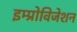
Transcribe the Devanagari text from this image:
इम्प्रोविजेशन